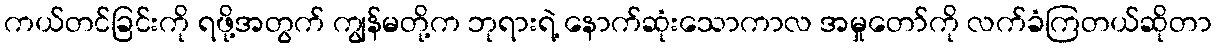
ကယ်တင်ခြင်းကို ရဖို့အတွက် ကျွန်မတို့က ဘုရားရဲ့ နောက်ဆုံးသောကာလ အမှုတော်ကို လက်ခံကြတယ်ဆိုတာ